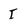
Character: I